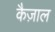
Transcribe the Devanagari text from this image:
कैज़ाल